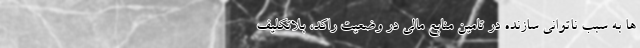
ها به سبب ناتوانی سازنده در تامین منابع مالی در وضعیت راکد، بلاتکلیف